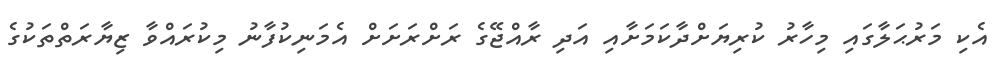
އެކި މަރުޙަލާގައި މިހާރު ކުރިޔަށްދާކަމަށާއި އަދި ރާއްޖޭގެ ރަށްރަށަށް އެމަނިކުފާނު މިކުރައްވާ ޒިޔާރަތްތަކުގެ